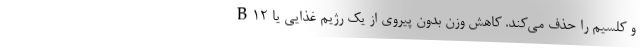
B12 و کلسیم را حذف می‌کند. کاهش وزن بدون پیروی از یک رژیم غذایی یا